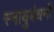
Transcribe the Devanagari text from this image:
स्नायुबंधनों